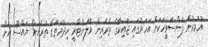
އުމުރުން ފަންސަވީހަކަށް އަހަރުގައި ޖައިކާގެ ތެރެއިން ވޮލަންޓްރީ ހިދުމަތުގެ ތެރެއަށް ޔައްސޫ އަށް